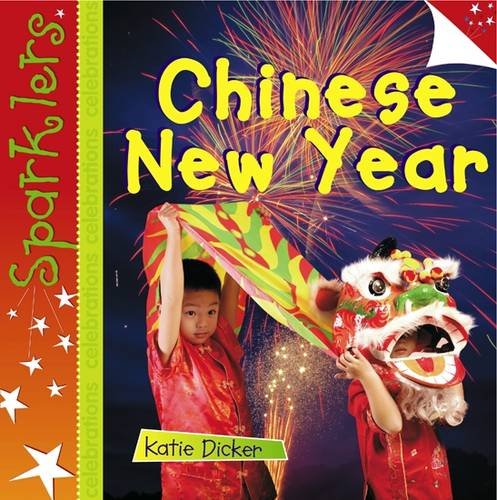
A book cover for Chinese New Year (Sparklers: Celebrations); Katie Dicker; Children's Books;